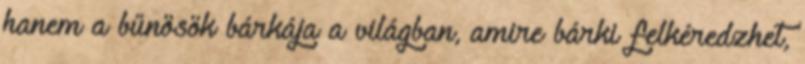
hanem a bűnösök bárkája a világban, amire bárki felkéredzhet,